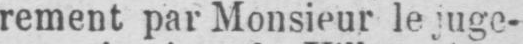
rement par Monsieur le juge-